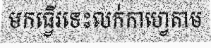
មកធ្វើរទេះលក់កាហ្វេតាម